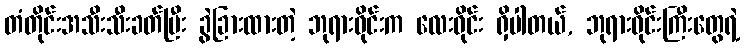
တံတိုင်းအသီးသီးခတ်ပြီး ခွဲခြားထားတဲ့ ဘုရားဝိုင်းက လေးဝိုင်း ရှိပါတယ်, ဘုရားဝိုင်းကြီးတွေရဲ့